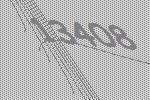
13408